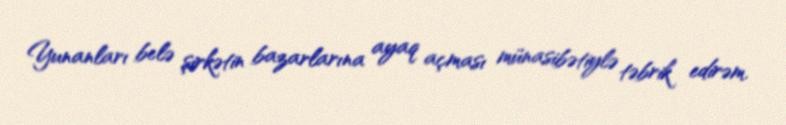
Yunanları belə şirkətin bazarlarına ayaq açması münasibətiylə təbrik edirəm.